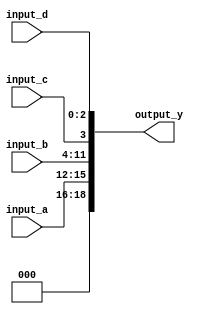
module concatenation_example (
    input wire [3:0] input_a,   // 4-bit input
    input wire [7:0] input_b,   // 8-bit input
    input wire        input_c,   // 1-bit input
    input wire [2:0] input_d,   // 3-bit input
    output wire [18:0] output_y  // Output width is 4 + 8 + 1 + 3 = 16 bits
);

// Continuous assignment for concatenation
assign output_y = {input_a, input_b, input_c, input_d};

endmodule